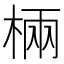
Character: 𣓈